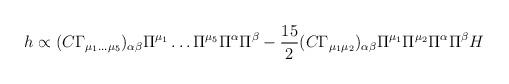
LaTeX: \begin{align*}h\propto (C\Gamma_{\mu_1\dots\mu_5})_{\alpha\beta} \Pi^{\mu_1}\dots\Pi^{\mu_5}\Pi^\alpha\Pi^\beta -\frac{15}{2} (C\Gamma_{\mu_1\mu_2})_{\alpha\beta} \Pi^{\mu_1}\Pi^{\mu_2}\Pi^\alpha\Pi^\beta H \end{align*}